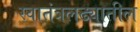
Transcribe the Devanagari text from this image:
स्वातंत्रलढ्यातील